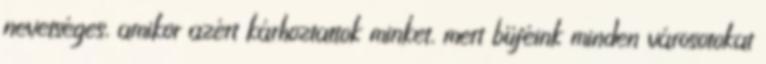
nevetséges, amikor azért kárhoztattok minket, mert büféink minden városotokat